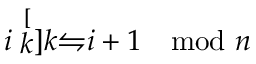
i \stackrel [ k ] { k } { \leftrightharpoons } i + 1 \mod n